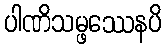
ပါဏိသမ္ဖဿေနပိ